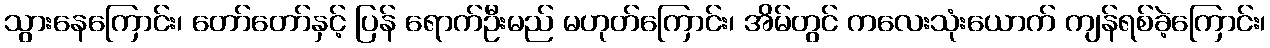
သွားနေကြောင်း၊ တော်တော်နှင့် ပြန် ရောက်ဦးမည် မဟုတ်ကြောင်း၊ အိမ်တွင် ကလေးသုံးယောက် ကျန်ရစ်ခဲ့ကြောင်း၊